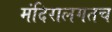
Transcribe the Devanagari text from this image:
मंदिरालगतच